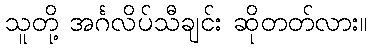
သူတို့ အင်္ဂလိပ်သီချင်း ဆိုတတ်လား။